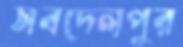
সবদেলপুর